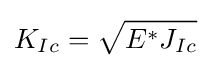
K_{Ic}={\sqrt {E^{*}J_{Ic}}}